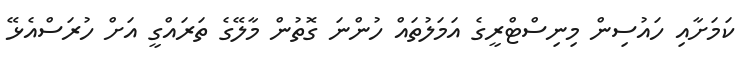
ކަމަށާއި ހައުސިން މިނިސްޓްރީގެ އަމަލުތައް ހުންނަ ގޮތުން މާލޭގެ ތަރައްގީ އަށް ހުރަސްއެޅޭ